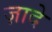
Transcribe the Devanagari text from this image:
ज़ादे